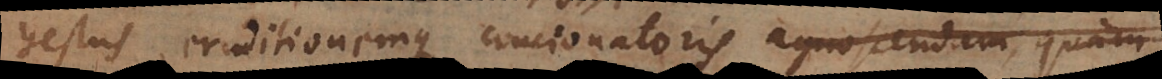
gestus, eruditionemque concionatoris agnoscendam laudandam